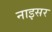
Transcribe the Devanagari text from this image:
नाइसर